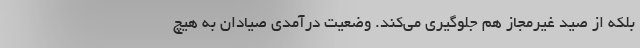
بلکه از صید غیرمجاز هم جلوگیری می‌کند. وضعیت درآمدی صیادان به هیچ